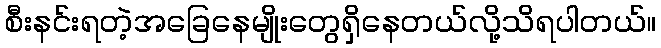
စီးနင်းရတဲ့အခြေနေမျိုးတွေရှိနေတယ်လို့သိရပါတယ်။